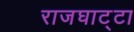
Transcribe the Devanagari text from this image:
राजघाट्टा